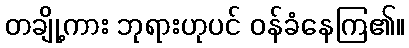
တချို့ကား ဘုရားဟုပင် ဝန်ခံနေကြ၏။